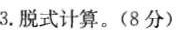
3.脱式计算。(8分)